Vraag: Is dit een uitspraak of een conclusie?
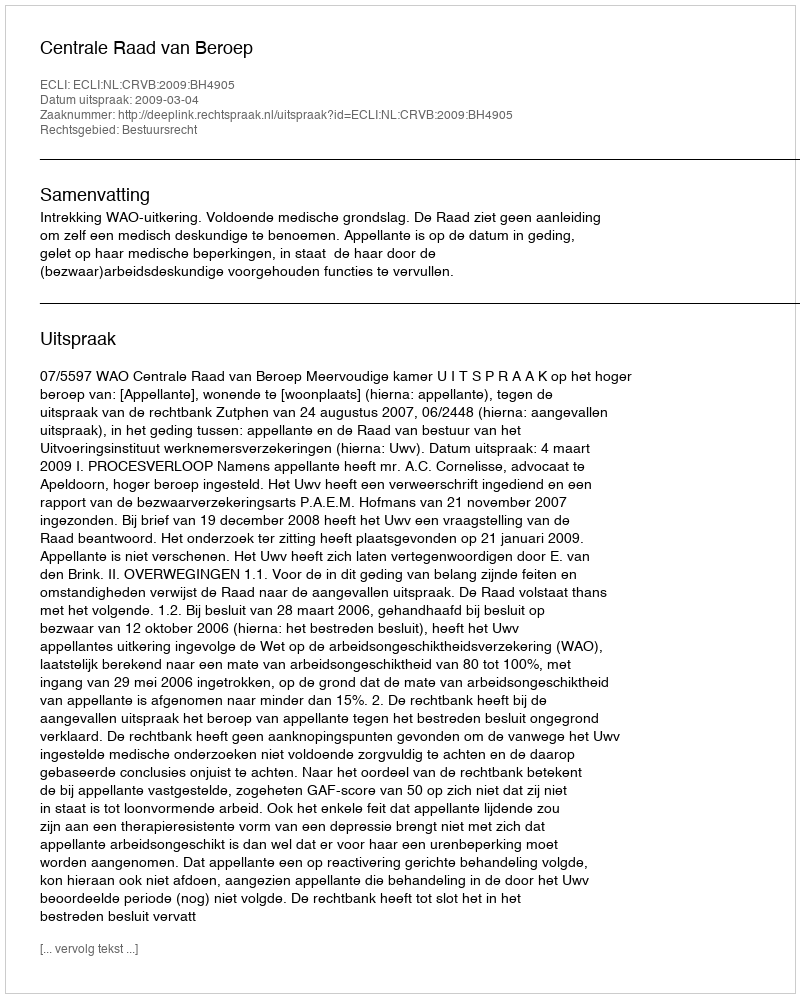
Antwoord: Uitspraak